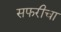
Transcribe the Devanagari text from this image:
सफरीचा